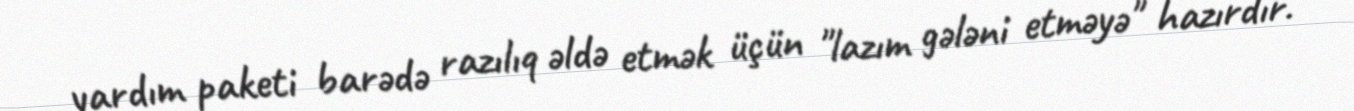
yardım paketi barədə razılıq əldə etmək üçün "lazım gələni etməyə" hazırdır.